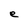
Character: e